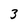
Character: 3